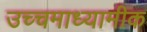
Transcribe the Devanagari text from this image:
उच्चमाध्यामीक